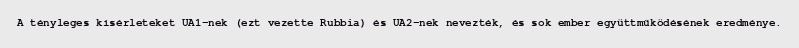
A tényleges kísérleteket UA1-nek (ezt vezette Rubbia) és UA2-nek nevezték, és sok ember együttműködésének eredménye.